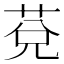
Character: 莌